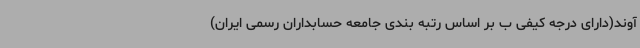
آوند(دارای درجه کیفی ب بر اساس رتبه بندی جامعه حسابداران رسمی ایران)